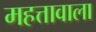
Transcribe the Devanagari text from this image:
महत्तावाला